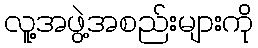
လူ့အဖွဲ့အစည်းများကို